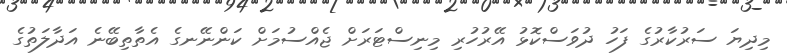
މިދިޔަ ސަރުކާރުގެ ފަހު ދުވަސްކޮޅު އޭރުހުރި މިނިސްޓަރަށް ޖެއްސުމަށް ކަންނޭނގެ އެތާތިބޭނެ އަދާލަތުގެ